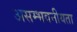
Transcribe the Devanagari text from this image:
असम्भवनीयता